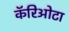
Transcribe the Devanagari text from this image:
कॅरिओटा